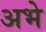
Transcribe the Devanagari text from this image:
अभे